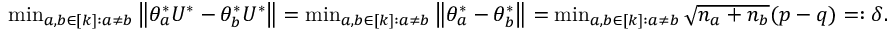
\begin{array} { r } { \operatorname* { m i n } _ { a , b \in [ k ] : a \neq b } \left\| { \theta _ { a } ^ { * } U ^ { * } - \theta _ { b } ^ { * } U ^ { * } } \right\| = \operatorname* { m i n } _ { a , b \in [ k ] : a \neq b } \left\| { \theta _ { a } ^ { * } - \theta _ { b } ^ { * } } \right\| = \operatorname* { m i n } _ { a , b \in [ k ] : a \neq b } \sqrt { n _ { a } + n _ { b } } ( p - q ) = : \delta . } \end{array}